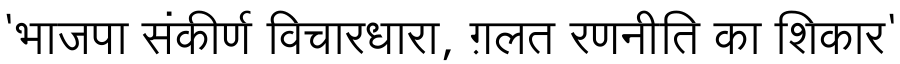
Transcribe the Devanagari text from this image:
'भाजपा संकीर्ण विचारधारा, ग़लत रणनीति का शिकार'